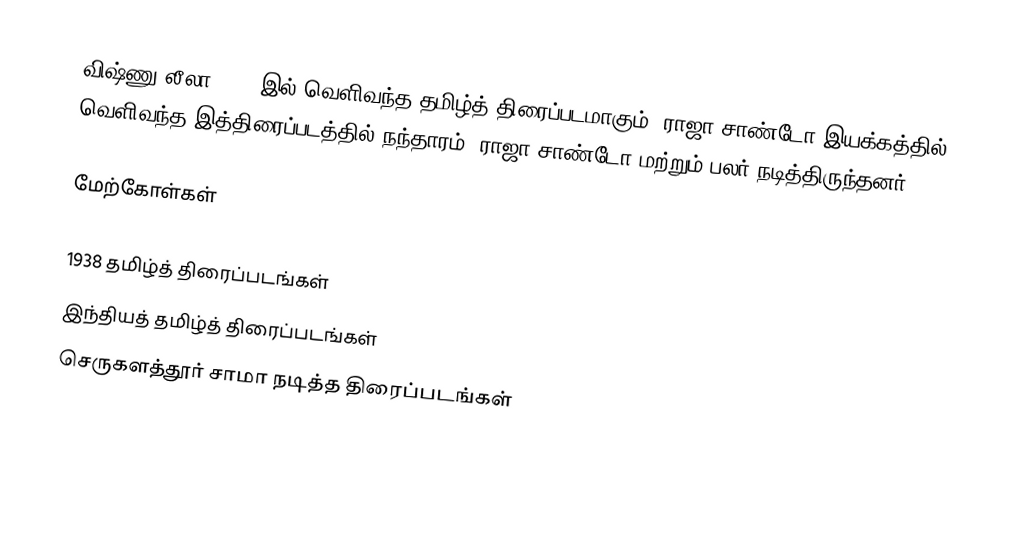
விஷ்ணு லீலா 1938-இல் வெளிவந்த தமிழ்த் திரைப்படமாகும். ராஜா சாண்டோ இயக்கத்தில் வெளிவந்த இத்திரைப்படத்தில் நந்தாரம், ராஜா சாண்டோ மற்றும் பலர் நடித்திருந்தனர்.

மேற்கோள்கள்

1938 தமிழ்த் திரைப்படங்கள்
இந்தியத் தமிழ்த் திரைப்படங்கள்
செருகளத்தூர் சாமா நடித்த திரைப்படங்கள்